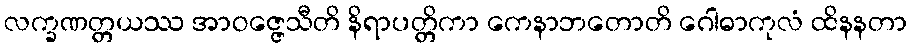
လက္ခဏတ္တယဿ အာဝဇ္ဇေသီတိ နိရာပတ္တိကာ ကေနာဘတောတိ ဂေါဓာကုလံ ထိနနတာ